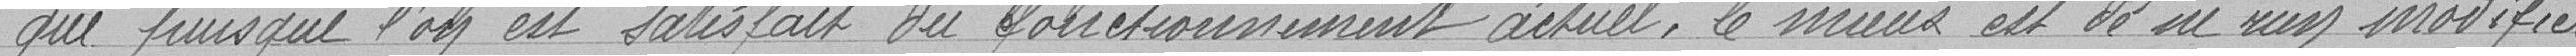
que puisque l'on est satisfait du fonctionnement actuel, le mieux est de ne rien modifier